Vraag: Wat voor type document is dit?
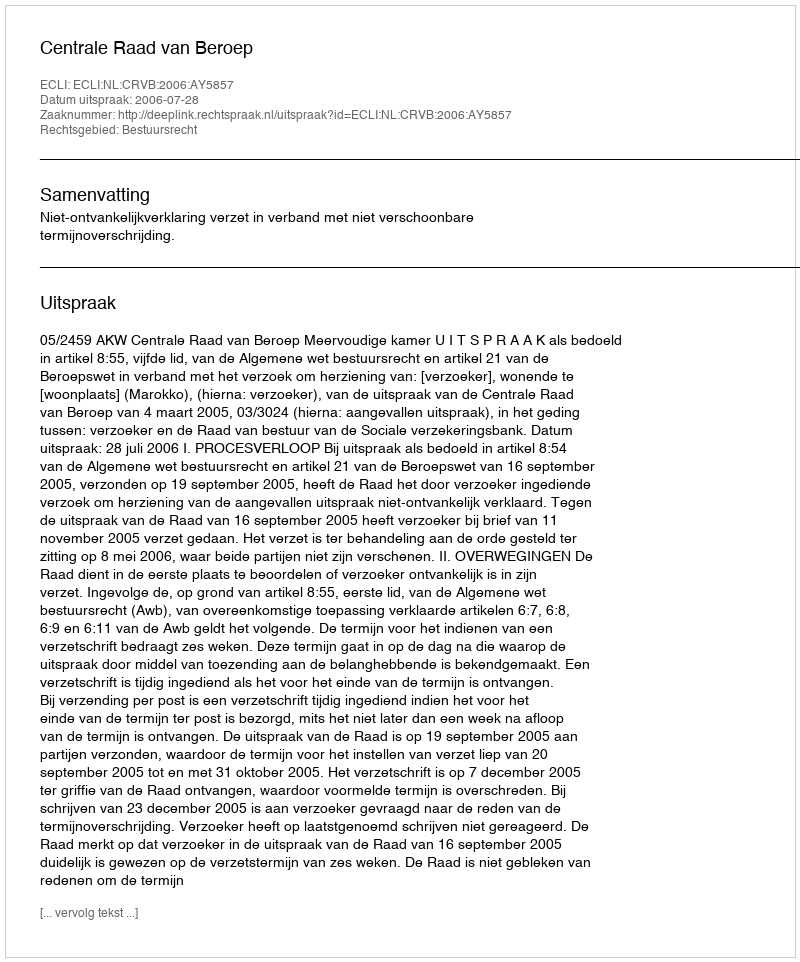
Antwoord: Uitspraak